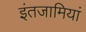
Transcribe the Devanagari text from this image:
इंतजामियां